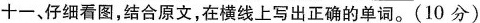
十一、仔细看图,结合原文,在横线上写出正确的单词.(10 分)